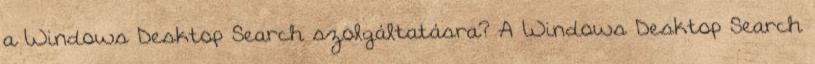
a Windows Desktop Search szolgáltatásra? A Windows Desktop Search